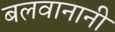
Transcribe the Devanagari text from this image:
बलवानानी